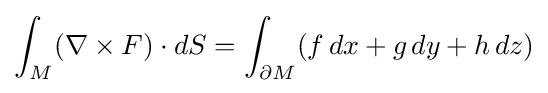
\int _{M}(\nabla \times F)\cdot dS=\int _{\partial M}(f\,dx+g\,dy+h\,dz)